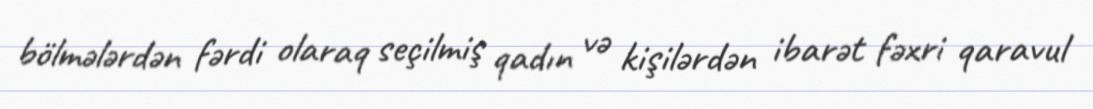
bölmələrdən fərdi olaraq seçilmiş qadın və kişilərdən ibarət fəxri qaravul